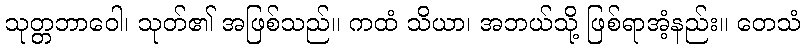
သုတ္တဘာဝေါ၊ သုတ်၏ အဖြစ်သည်။ ကထံ သိယာ၊ အဘယ်သို့ ဖြစ်ရာအံ့နည်း။ တေသံ